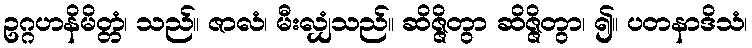
ဥဂ္ဂဟနိမိတ္တံ၊ သည်။ ဇာလံ၊ မီးလျှံသည်။ ဆိဇ္ဇိတွာ ဆိဇ္ဇိတွာ၊ ၍။ ပတနာဒိသံ၊